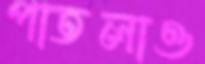
পাতলাও